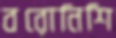
বরোনিশি